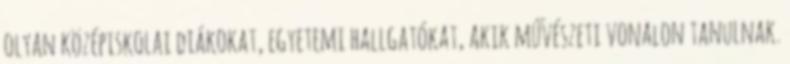
olyan középiskolai diákokat, egyetemi hallgatókat, akik művészeti vonalon tanulnak.